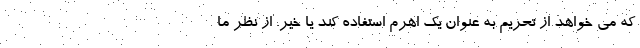
که می خواهد از تحریم به عنوان یک اهرم استفاده کند یا خیر. از نظر ما